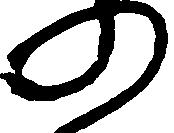
の